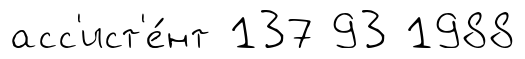
асс'ист'е́нт 137 93 1988